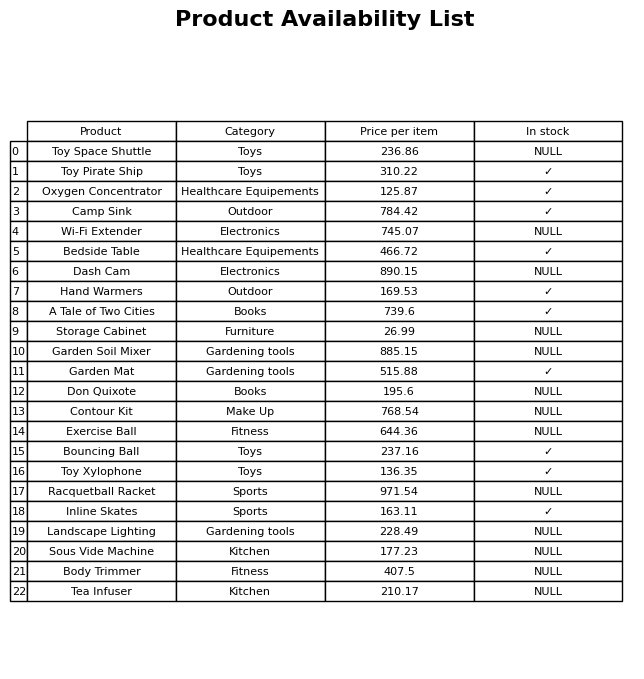
question: What is the price of the A Tale of Two Cities?
answer: The price of A Tale of Two Cities is 739.6.